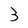
Character: 3